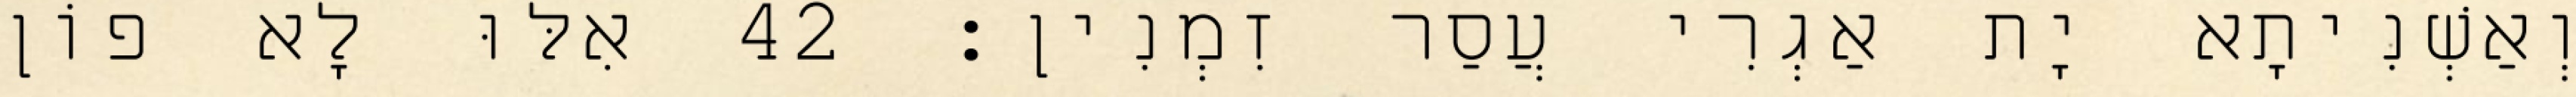
וְאַשְׁנִיתָא יָת אַגְרִי עֲסַר זִמְנִין׃ 42 אִלּוּ לָא פוֹן